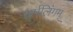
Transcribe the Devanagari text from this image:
धर्मलिंगम्